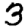
Digit: 3